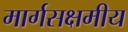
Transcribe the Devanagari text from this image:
मार्गसक्षमीय